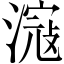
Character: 滱